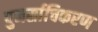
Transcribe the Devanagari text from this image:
पुनर्साचिकरण